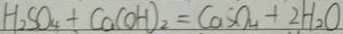
H _ { 2 } S O _ { 4 } + C a ( O H ) _ { 2 } = C a S O _ { 4 } + 2 H _ { 2 } O